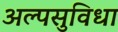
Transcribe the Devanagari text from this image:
अल्पसुविधा